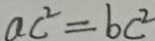
a c ^ { 2 } = b c ^ { 2 }